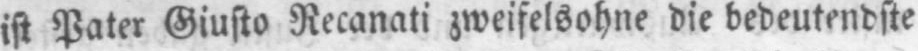
ist Pater Giusto Recanati zweifelsohne die bedeutendste